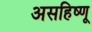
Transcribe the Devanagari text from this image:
असहिष्णू